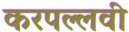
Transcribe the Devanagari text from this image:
करपल्लवी